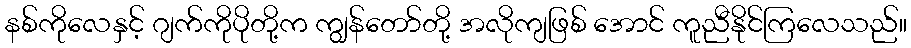
နစ်ကိုလေနှင့် ဂျက်ကိုပိုတို့က ကျွန်တော်တို့ အလိုကျဖြစ် အောင် ကူညီနိုင်ကြလေသည်။